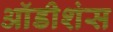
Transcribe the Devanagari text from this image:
ऑडीशंस